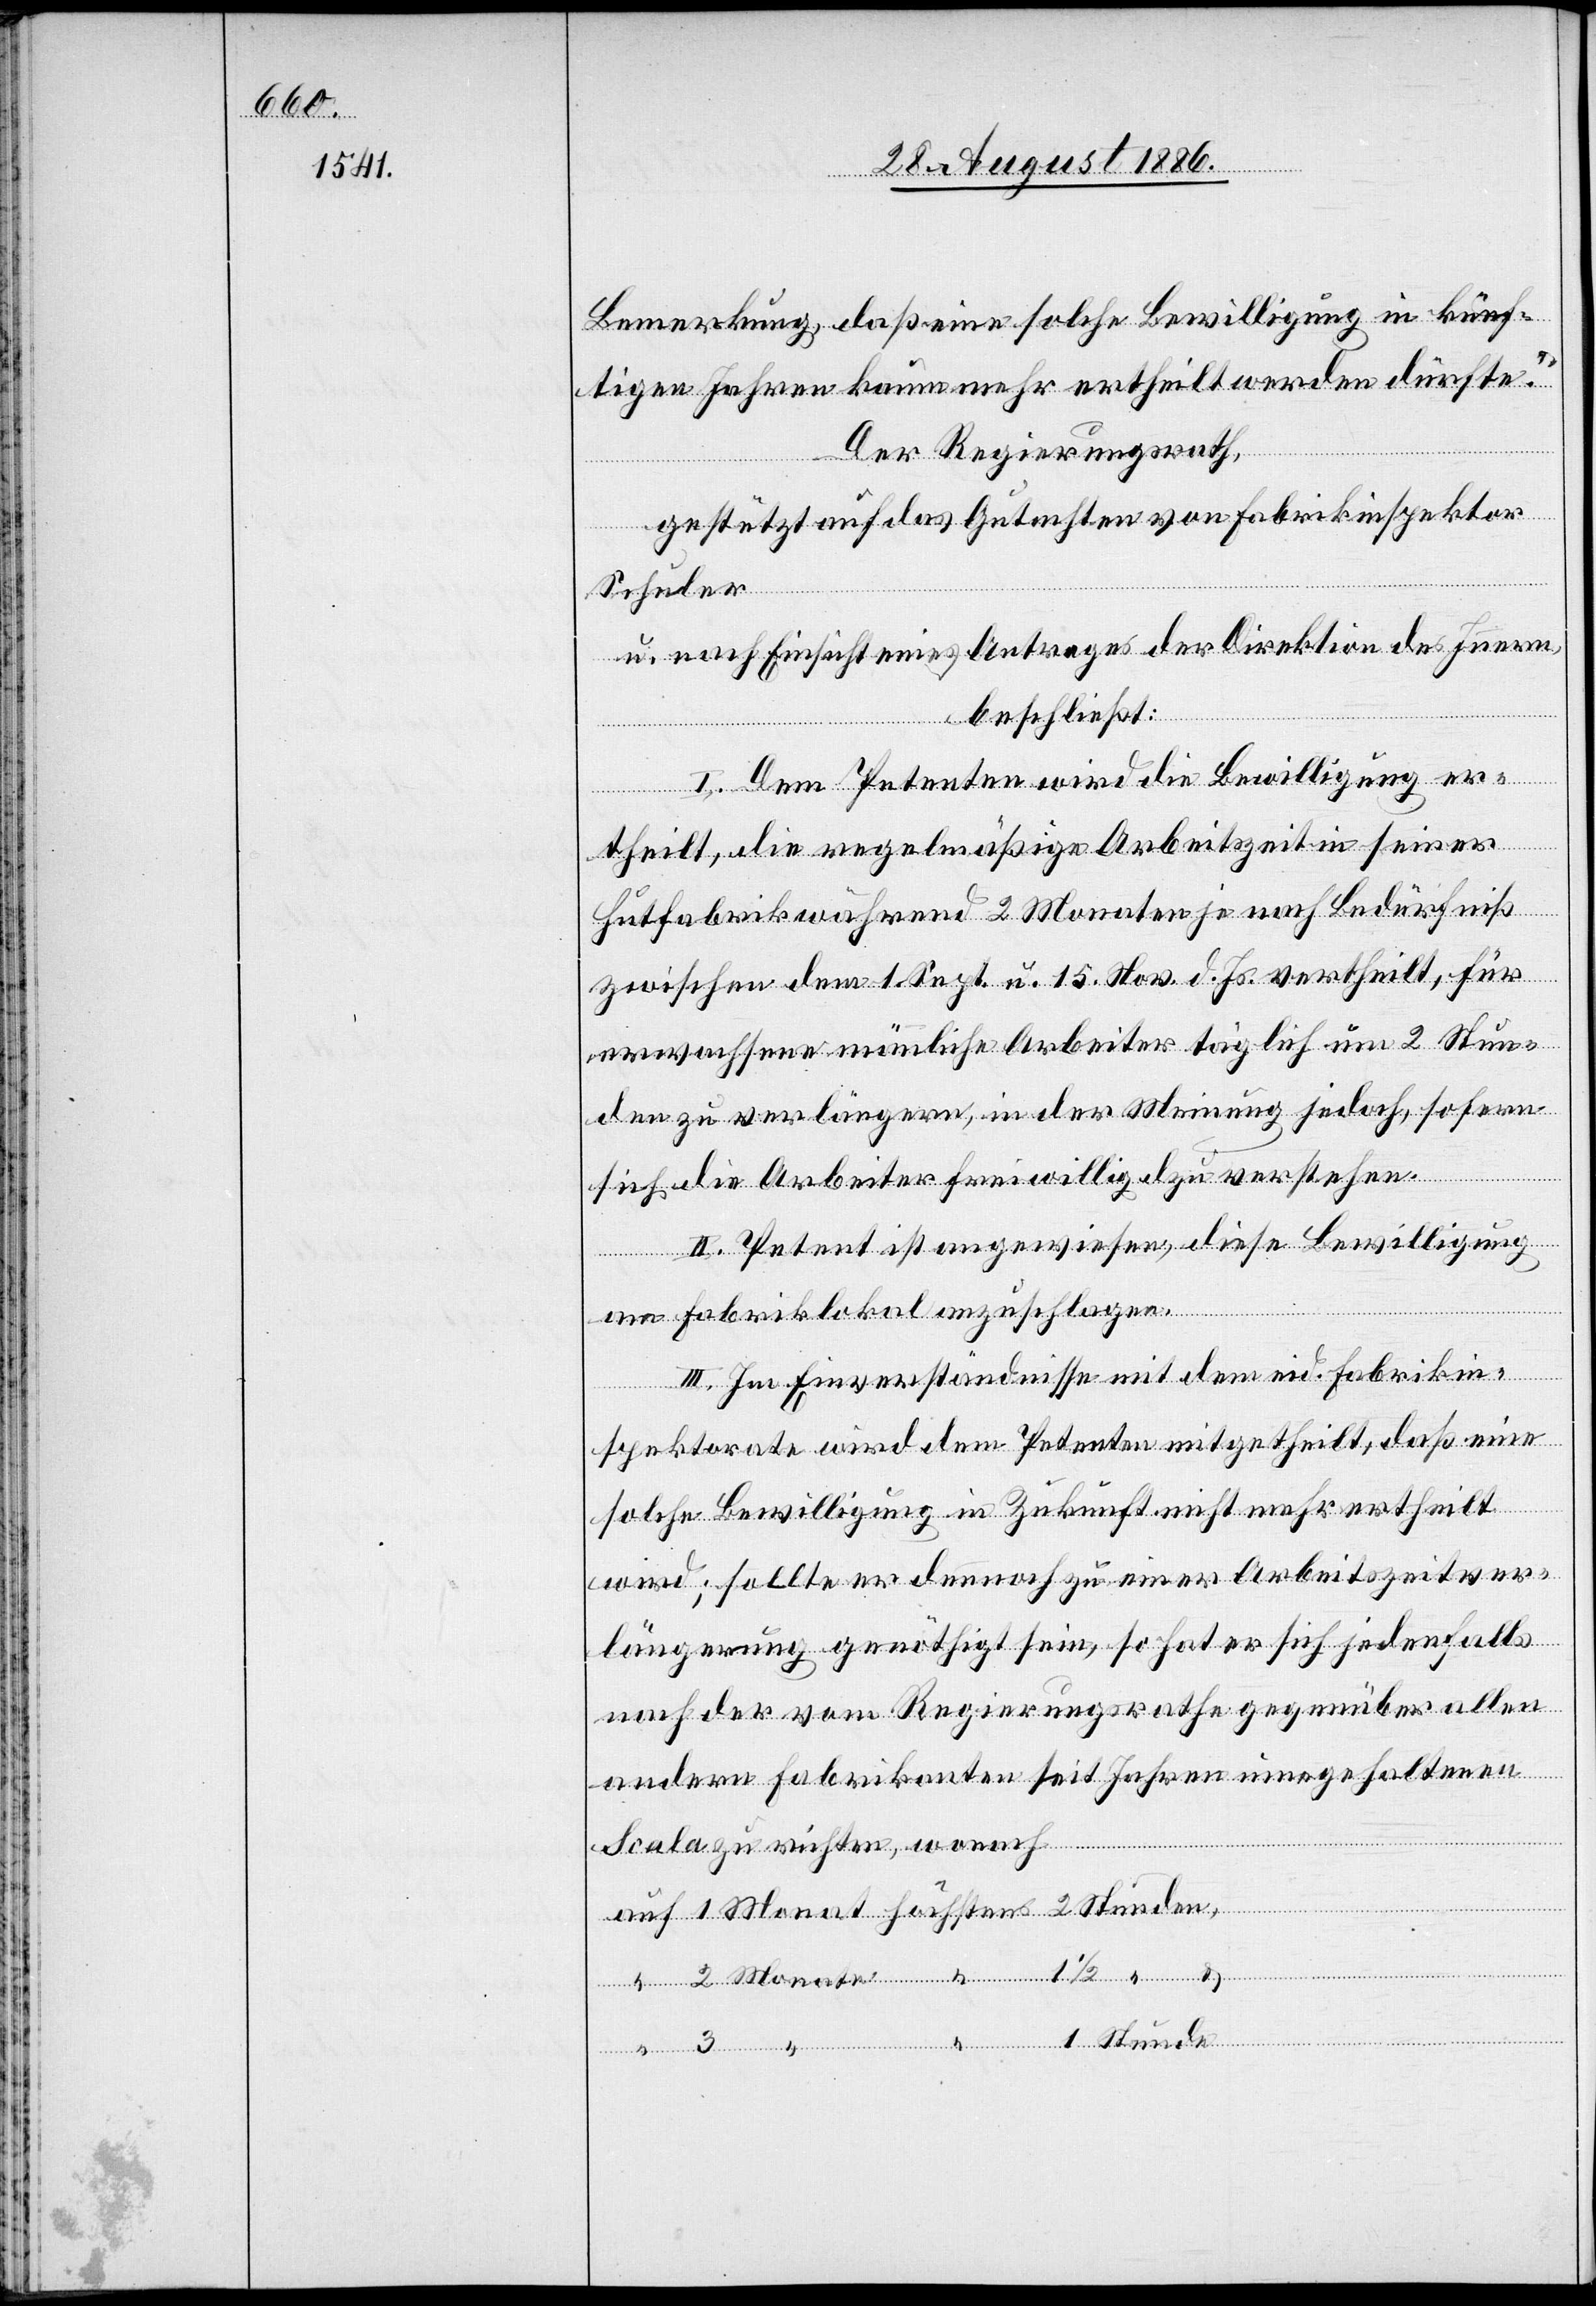
Bemerkung, daß eine solche Bewilligung in künf¬
tigen Jahren kaum mehr ertheilt werden dürfte.“
Der Regierungsrath,
gestützt auf das Gutachten von Fabrikinspektor
Stunde
Schuler
u. nach Einsicht eines Antrages der Direktion des Innern,
beschließt:
I. Dem Petenten wird die Bewilligung er¬
theilt, die regelmäßige Arbeitszeit in seiner
Hutfabrik während 2 Monaten je nach Bedürfniß
zwischen dem 1. Sept. u. 15. Nov. d. Js. vertheilt, für
erwachsene männliche Arbeiter täglich um 2 Stun¬
den zu verlängern, in der Meinung jedoch, sofern
sich die Arbeiter freiwillig d[a]zu verstehen.
II. Petent ist angewiesen, diese Bewilligung
Monate
“
am Fabriklokal anzuschlagen.
III. Im Einverständnisse mit dem eid. Fabrikin¬
spektorate wird dem Petenten mitgetheilt, daß eine
solche Bewilligung in Zukunft nicht mehr ertheilt
wird; sollte er dennoch zu einer Arbeitszeitver¬
längerung genöthigt sein, so hat er sich jedenfalls
nach der vom Regierungsrathe gegenüber allen
andern Fabrikanten seit Jahren eingehaltenen
Scala zu richten, wonach